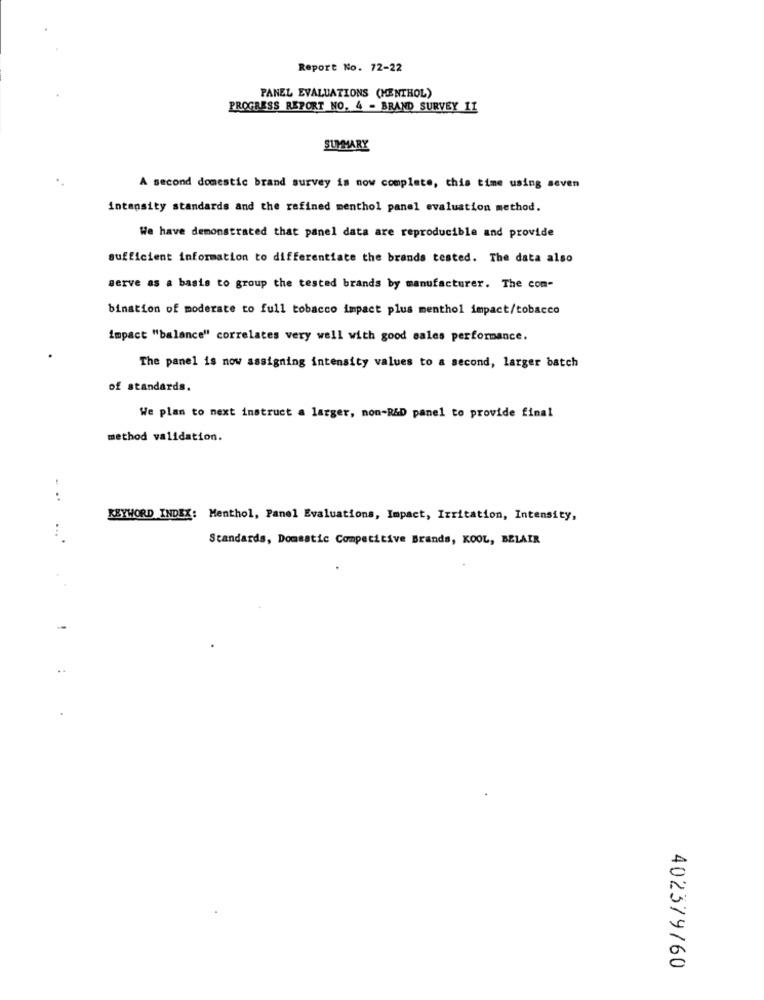
Report No. 72-22
PANEL EVALUATIONS (MENTHOL)
PROGRESS REPORT NO. 4 - BRAND SURVEY 11
SUMMARY
A second domestic brand survey is now complete, this time using seven
intensity standards and the refined menthol panel evaluation method.
We have demonstrated that panel data are reproducible and provide
sufficient information to differentiate the brands tested. The data also
serve as a basis to group the tested brands by manufacturer. The com-
bination of moderate to full tobacco impact plus menthol impact/tobacco
impact "balance" correlates very well with good sales performance.
The panel is now assigning intensity values to a second, larger batch
of standards.
We plan to next instruct a larger, non-R&D panel to provide final
method validation.
:
KEYWORD INDEX: Menthol, Panel Evaluations, Impact, Irritation, Intensity,
Standards, Domestic Competitive Brands, KOOL, BELAIR
402379/60